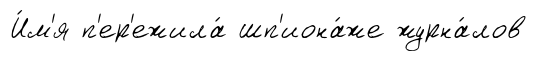
И́м'я п'ер'ежила́ шп'иона́же журна́лов